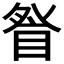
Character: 𭾽